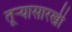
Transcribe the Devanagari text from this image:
तूऱ्यासारखी